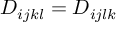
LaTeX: D _ { i j k l } = D _ { i j l k }